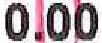
0.00